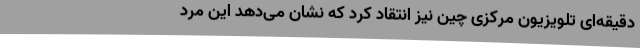
دقیقه‌ای تلویزیون مرکزی چین نیز انتقاد کرد که نشان می‌دهد این مرد